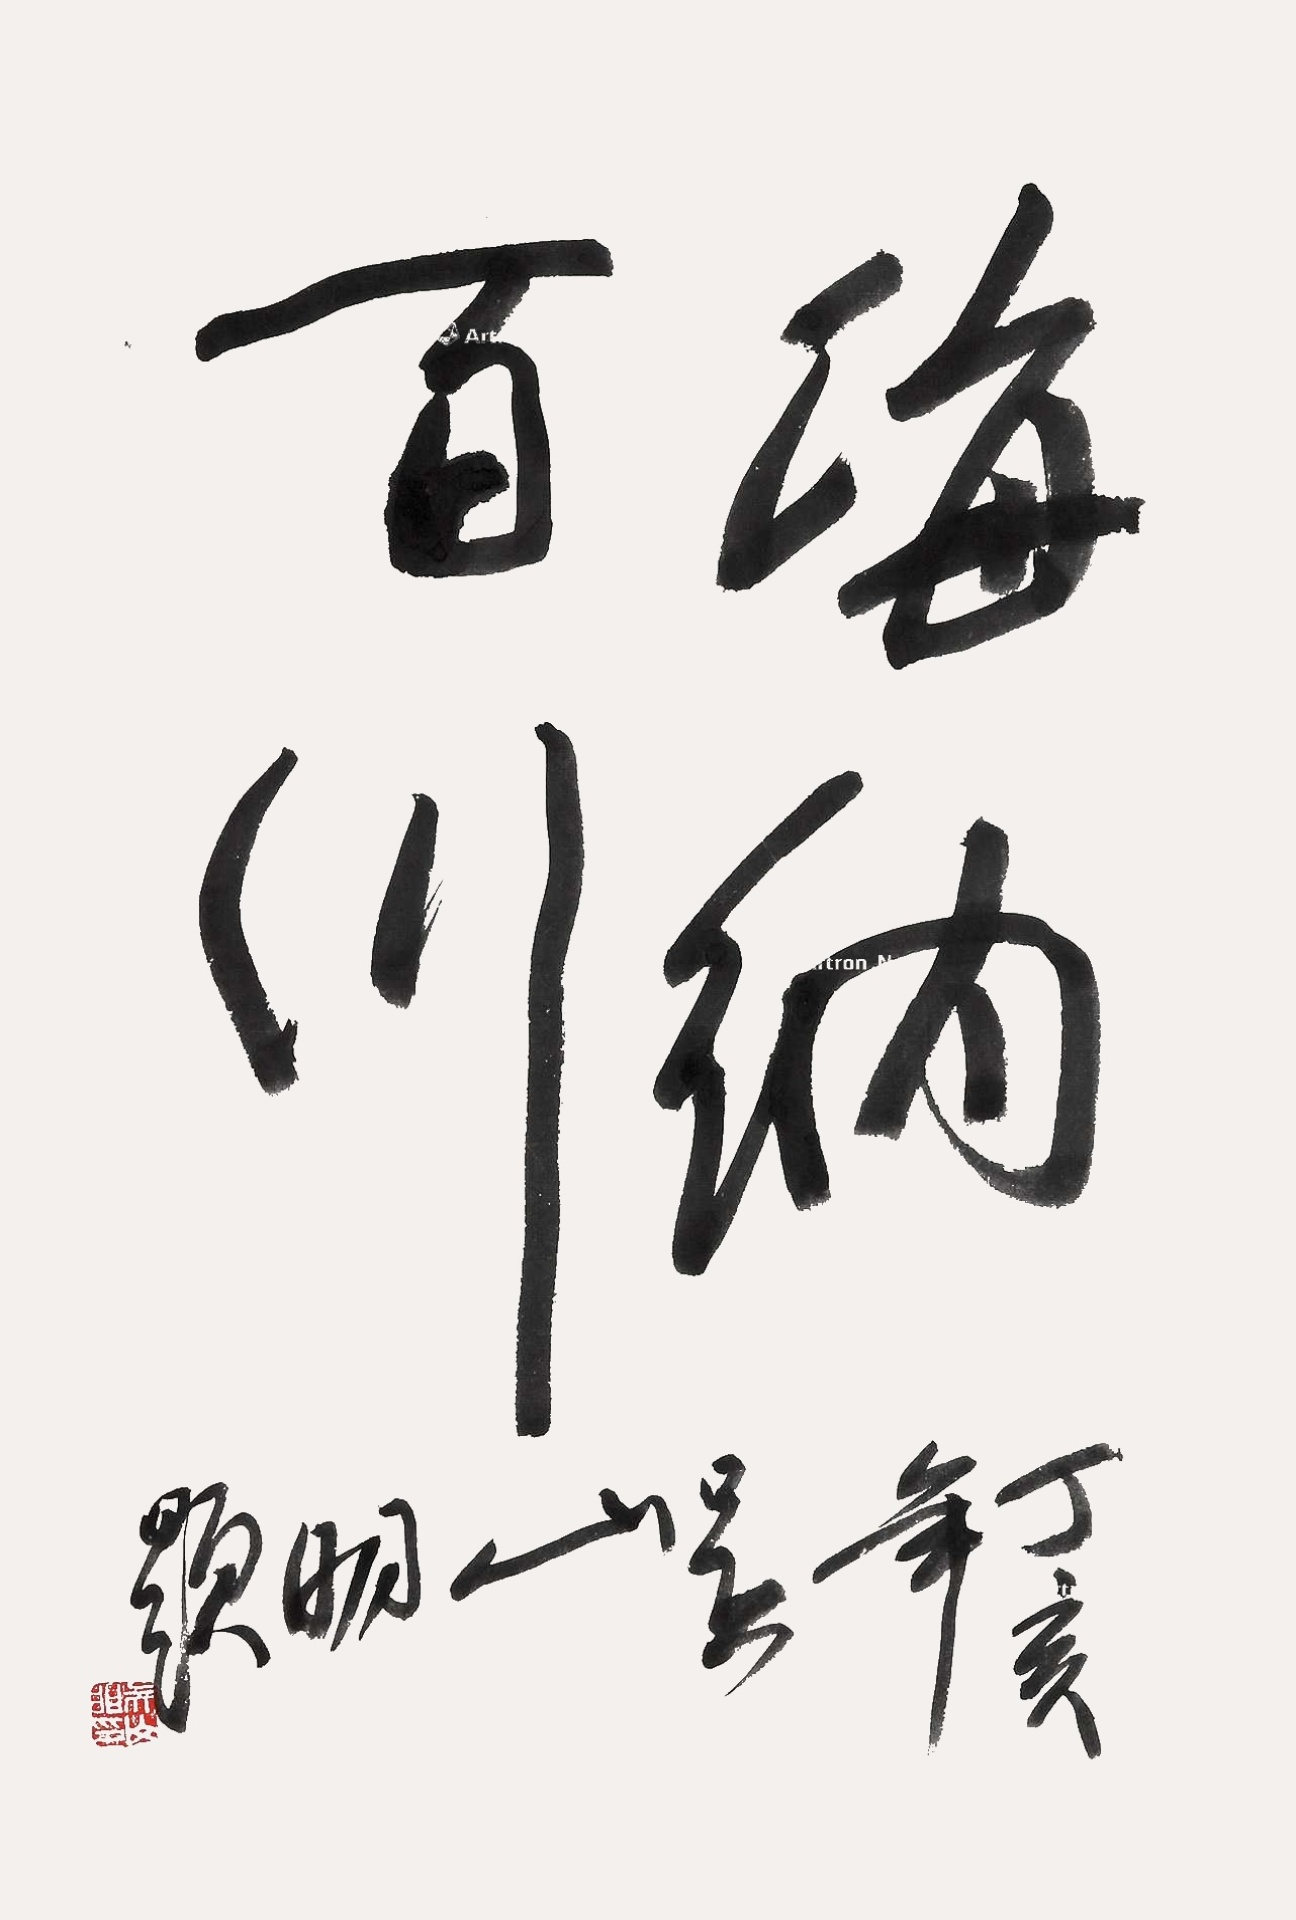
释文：海纳百川，丁亥年吴山明题。